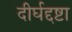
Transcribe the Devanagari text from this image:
दीर्घद्दष्टा